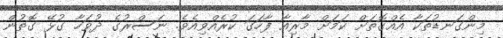
މިންގަނޑުތަކާ އެއްގޮތަށް ކަމަށް މާރިއާ ފާހަގަ ކުރެއްވިއެވެ. ނަސްރުގެ ދުވަހާ ގުޅޭ ގޮތުން